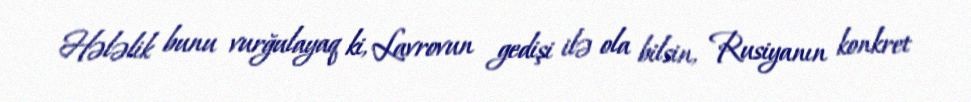
Hələlik bunu vurğulayaq ki, Lavrovun gedişi ilə ola bilsin, Rusiyanın konkret